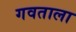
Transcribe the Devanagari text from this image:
गवताला